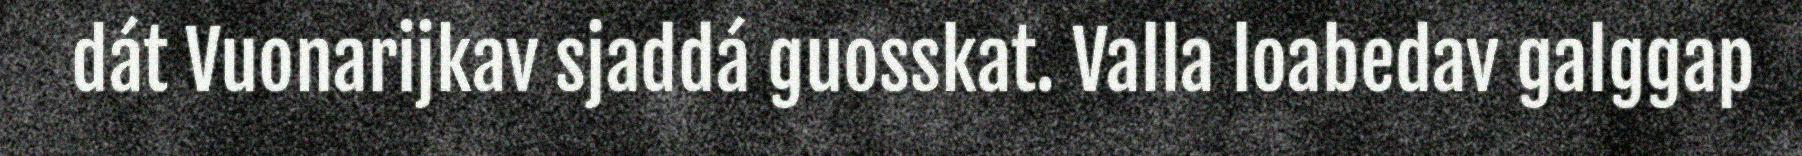
dát Vuonarijkav sjaddá guosskat. Valla loabedav galggap